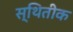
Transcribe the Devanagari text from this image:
स्थितीक